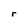
Character: r